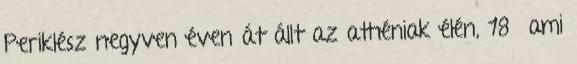
Periklész negyven éven át állt az athéniak élén, 18 ami